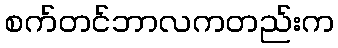
စက်တင်ဘာလကတည်းက